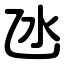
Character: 氹